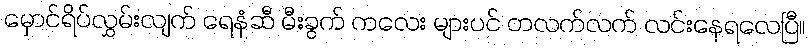
မှောင်ရိပ်လွှမ်းလျက် ရေနံဆီ မီးခွက် ကလေး များပင် တလက်လက် လင်းနေရလေပြီ။